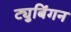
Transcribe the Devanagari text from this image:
ट्युबिंगन